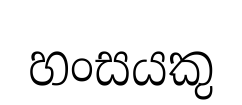
හංසයකු